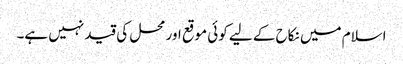
اسلام میں نکاح کے لیے کوئی موقع اور محل کی قید نہیں ہے۔